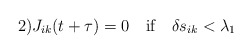
\begin{align*}\mbox{2)}J_{ik}(t+\tau)=0\quad\mbox{if}\quad\delta s_{ik}<\lambda_1\end{align*}